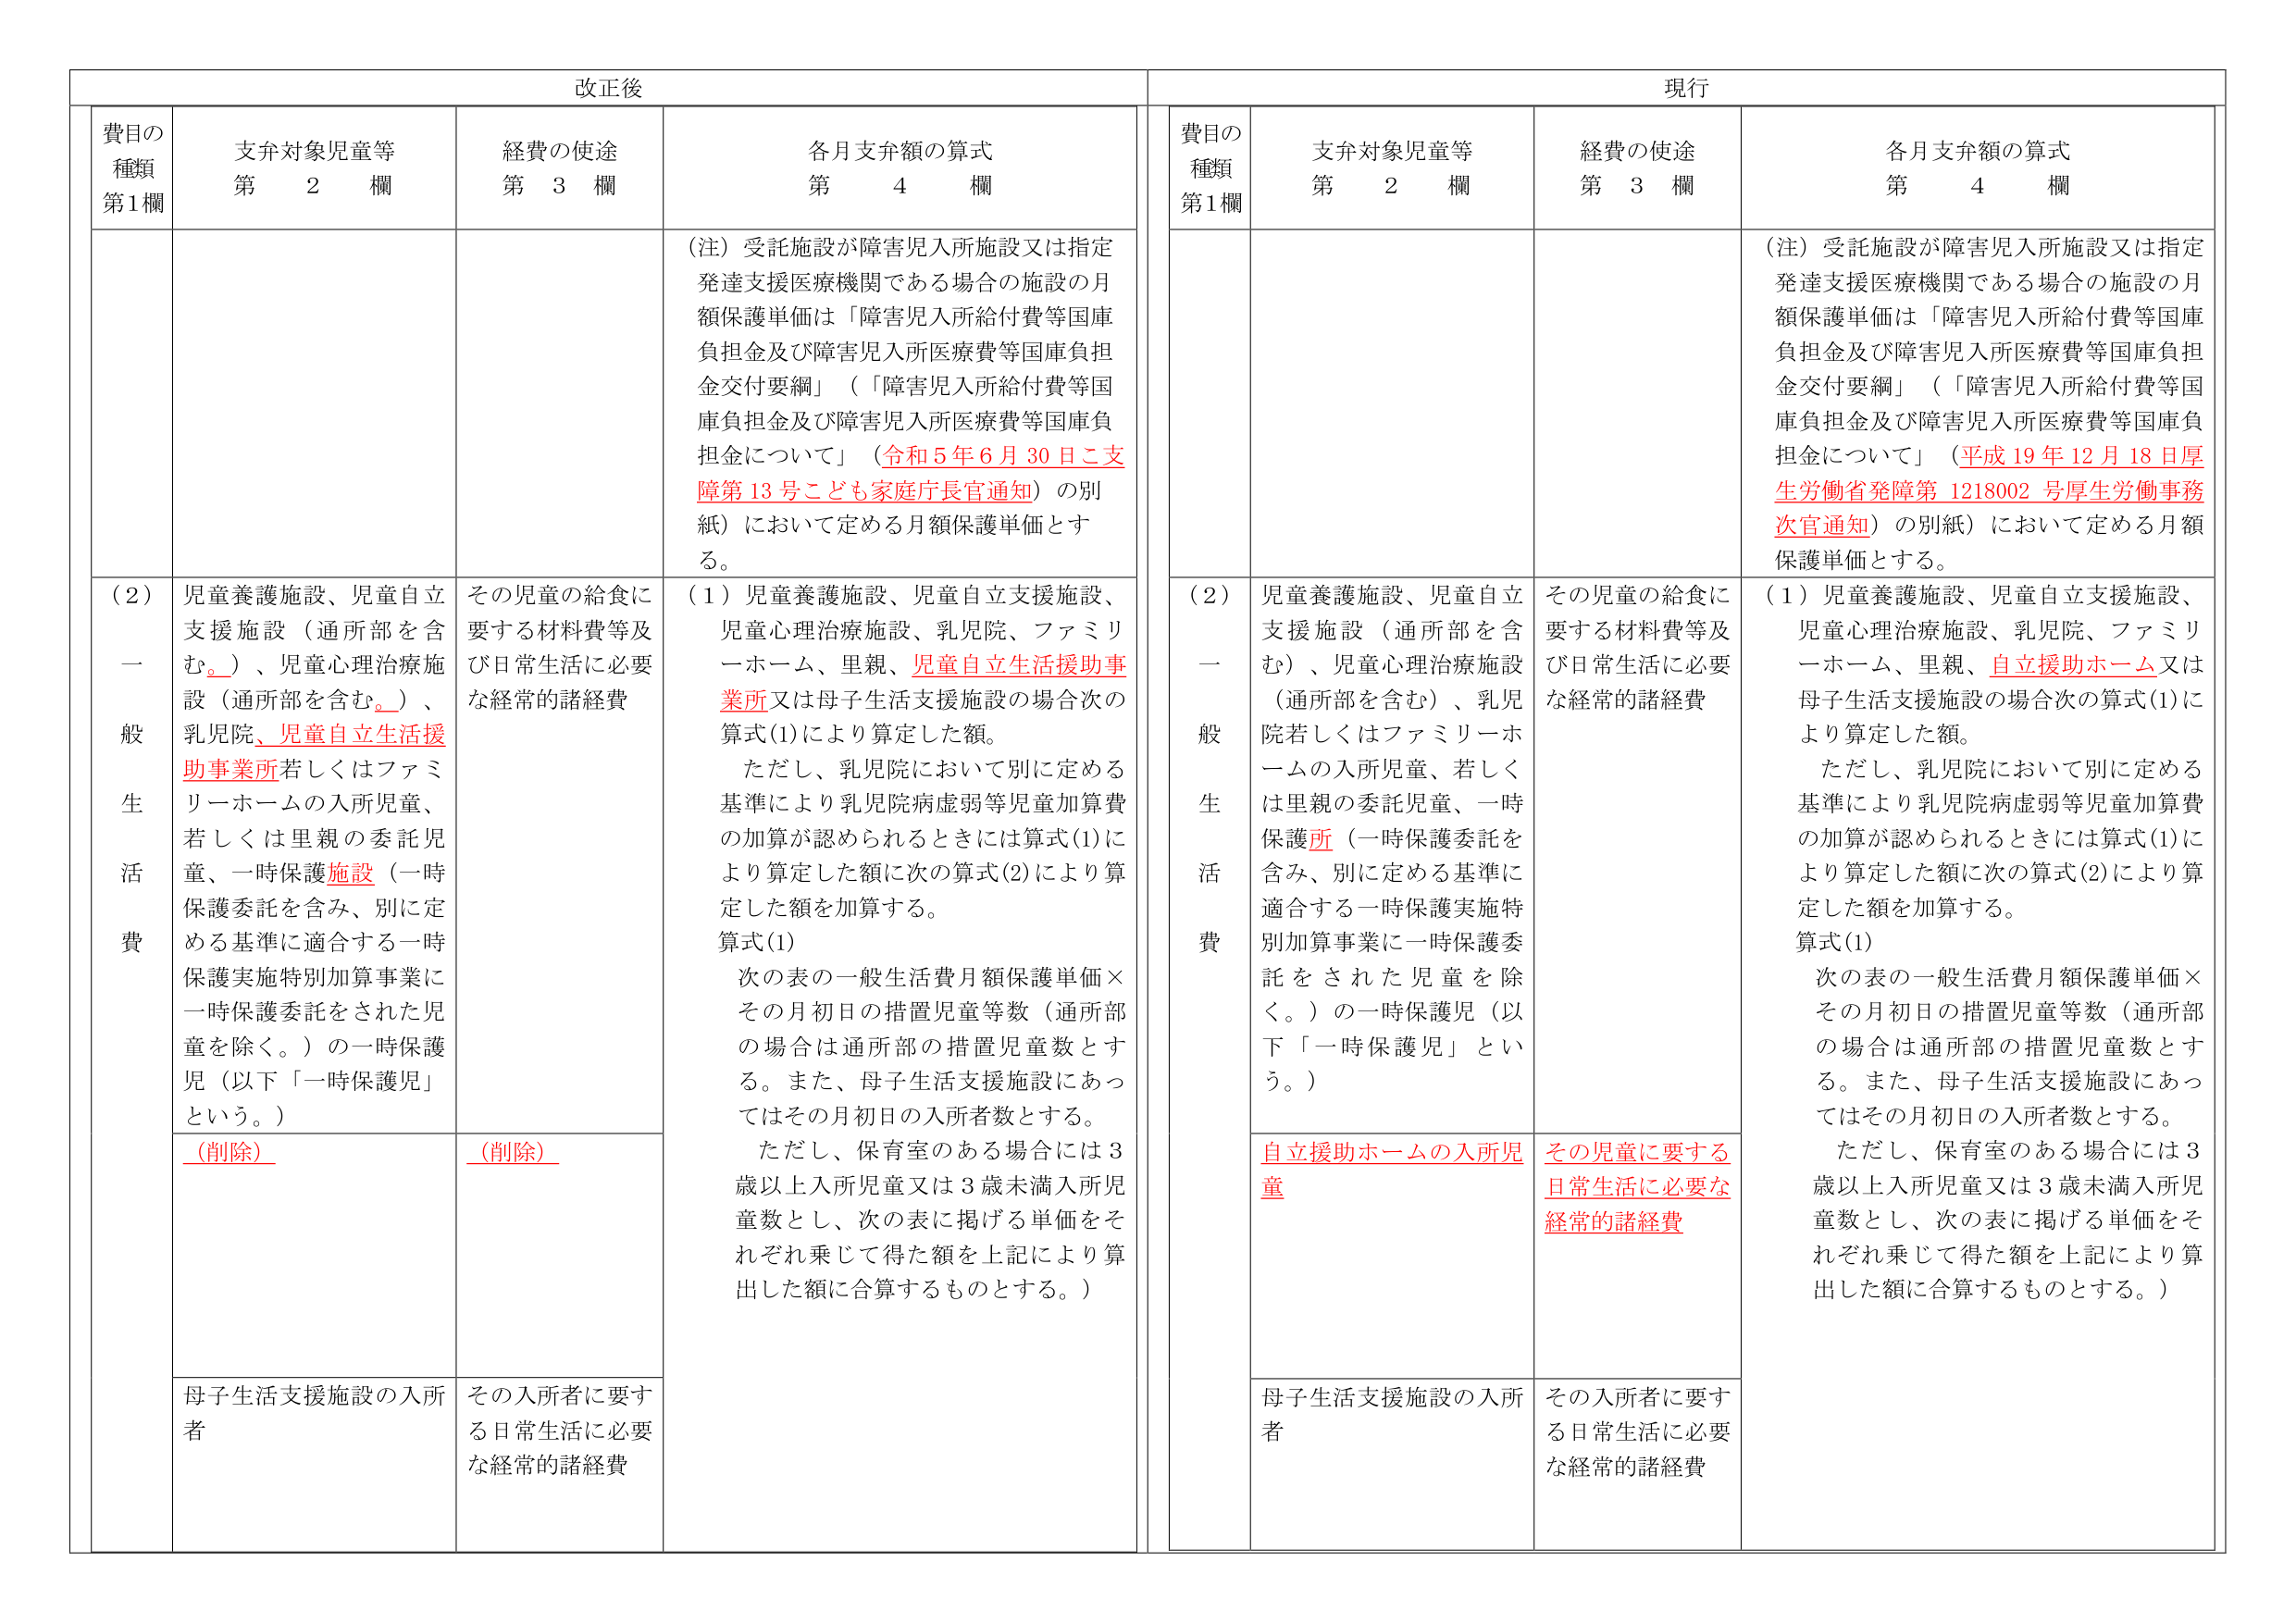
改正後

費目の種類 第1欄
支弁対象児童等 第 2 欄
経費の使途 第 3 欄
各月支弁額の算式 第 4 欄

（注）受託施設が障害児入所施設又は指定発達支援医療機関である場合の施設の月額保護単価は「障害児入所給付費等国庫負担金及び障害児入所医療費等国庫負担金交付要綱」（「障害児入所給付費等国庫負担金及び障害児入所医療費等国庫負担金について」（令和5年6月30日こ支障第13号こども家庭庁長官通知）の別紙）において定める月額保護単価とする。

（2）児童養護施設、児童自立支援施設（通所部を含む。）、児童心理治療施設（通所部を含む。）、乳児院、児童自立生活援助事業所若しくはファミリーホームの入所児童、若しくは里親の委託児童、一時保護施設（一時保護委託を含み、別に定める基準に適合する一時保護実施特別加算事業に一時保護委託をされた児童を除く。）の一時保護児（以下「一時保護児」という。）

その児童の給食に要する材料費等及び日常生活に必要な経常的諸経費

（1）児童養護施設、児童自立支援施設、児童心理治療施設、乳児院、ファミリーホーム、里親、児童自立生活援助事業所又は母子生活支援施設の場合次の算式(1)により算定した額。

ただし、乳児院において別に定める基準により乳児院病虚弱等児童加算費の加算が認められるときには算式(1)により算定した額に次の算式(2)により算定した額を加算する。

算式(1)
次の表の一般生活費月額保護単価×その月初日の措置児童等数（通所部の場合は通所部の措置児童数とする。また、母子生活支援施設にあってはその月初日の入所者数とする。

ただし、保育室のある場合には3歳以上入所児童又は3歳未満入所児童数とし、次の表に掲げる単価をそれぞれ乗じて得た額を上記により算出した額に合算するものとする。）

（削除）
（削除）

母子生活支援施設の入所者
その入所者に要する日常生活に必要な経常的諸経費

現行

費目の種類 第1欄
支弁対象児童等 第 2 欄
経費の使途 第 3 欄
各月支弁額の算式 第 4 欄

（注）受託施設が障害児入所施設又は指定発達支援医療機関である場合の施設の月額保護単価は「障害児入所給付費等国庫負担金及び障害児入所医療費等国庫負担金交付要綱」（「障害児入所給付費等国庫負担金及び障害児入所医療費等国庫負担金について」（平成19年12月18日厚生労働省発障第1218002号厚生労働事務次官通知）の別紙）において定める月額保護単価とする。

（2）児童養護施設、児童自立支援施設（通所部を含む）、児童心理治療施設（通所部を含む）、乳児院若しくはファミリーホームの入所児童、若しくは里親の委託児童、一時保護所（一時保護委託を含み、別に定める基準に適合する一時保護実施特別加算事業に一時保護委託をされた児童を除く。）の一時保護児（以下「一時保護児」という。）

その児童の給食に要する材料費等及び日常生活に必要な経常的諸経費

（1）児童養護施設、児童自立支援施設、児童心理治療施設、乳児院、ファミリーホーム、里親、自立援助ホーム又は母子生活支援施設の場合次の算式(1)により算定した額。

ただし、乳児院において別に定める基準により乳児院病虚弱等児童加算費の加算が認められるときには算式(1)により算定した額に次の算式(2)により算定した額を加算する。

算式(1)
次の表の一般生活費月額保護単価×その月初日の措置児童等数（通所部の場合は通所部の措置児童数とする。また、母子生活支援施設にあってはその月初日の入所者数とする。

ただし、保育室のある場合には3歳以上入所児童又は3歳未満入所児童数とし、次の表に掲げる単価をそれぞれ乗じて得た額を上記により算出した額に合算するものとする。）

自立援助ホームの入所児童
その児童に要する日常生活に必要な経常的諸経費

母子生活支援施設の入所者
その入所者に要する日常生活に必要な経常的諸経費